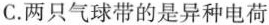
C.两只气球带的是异种电荷